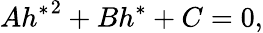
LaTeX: A{h^{\ast}}^{2}+Bh^{\ast}+C=0,